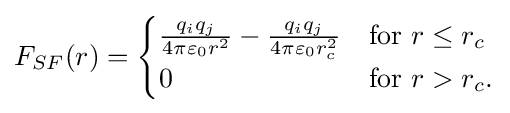
\displaystyle F_{SF}(r)={\begin{cases}{\frac {q_{i}q_{j}}{4\pi \varepsilon _{0}r^{2}}}-{\frac {q_{i}q_{j}}{4\pi \varepsilon _{0}r_{c}^{2}}}&{\text{for }}r\leq r_{c}\\0&{\text{for }}r>r_{c}.\end{cases}}